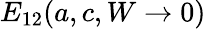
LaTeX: E_{12}(a,c,W\rightarrow 0)